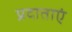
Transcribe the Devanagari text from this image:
प्रदाताएं